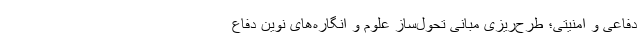
دفاعی و امنیتی؛ طرح­ریزی مبانی تحول­ساز علوم و انگاره­های نوین دفاع